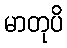
မာတုပိ